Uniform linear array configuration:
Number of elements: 64
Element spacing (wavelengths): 1
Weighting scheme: hamming
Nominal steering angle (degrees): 0
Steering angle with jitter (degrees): -1.961
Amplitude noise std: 0.05
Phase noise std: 0.05

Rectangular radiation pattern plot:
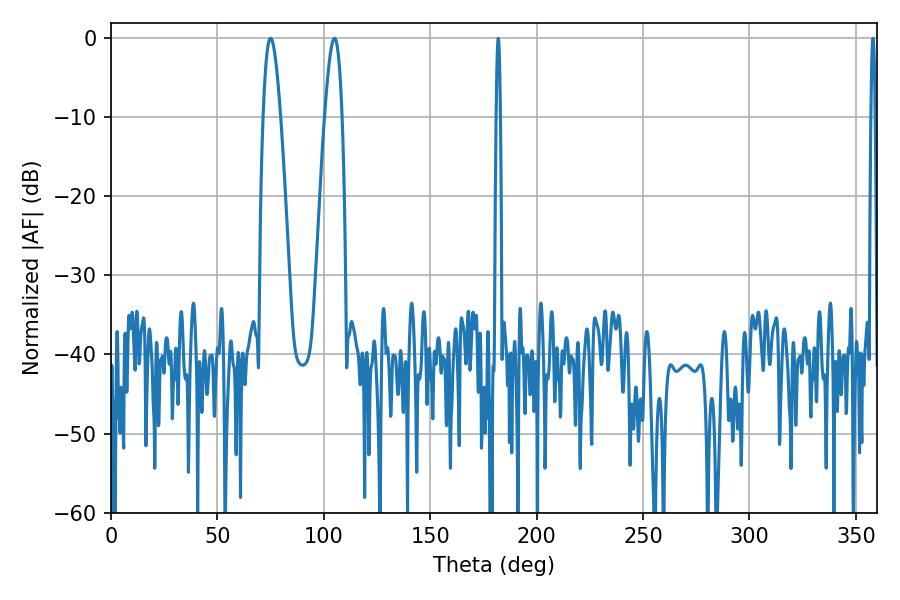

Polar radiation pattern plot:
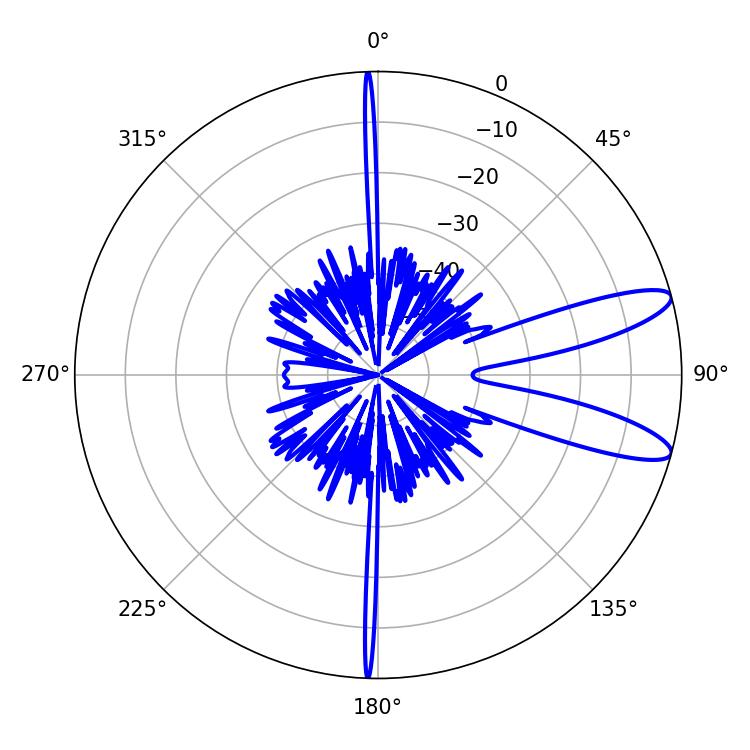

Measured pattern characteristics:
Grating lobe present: TRUE
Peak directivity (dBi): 10.892
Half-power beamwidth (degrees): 4.5
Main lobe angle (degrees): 75.06